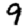
Digit: 9